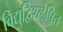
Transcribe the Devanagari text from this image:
विद्युद्विश्लेषित